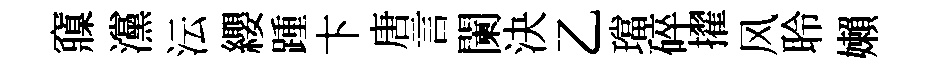
䆿灙沄纓踵卞唐言闌決乙璫碎擢风聆嬾